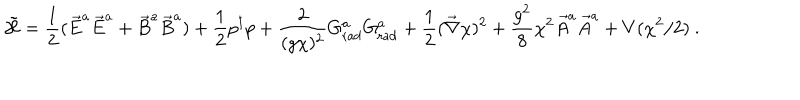
\tilde { \cal H } = \frac { 1 } { 2 } ( \vec { E } ^ { a } \vec { E } ^ { a } + \vec { B } ^ { a } \vec { B } ^ { a } ) + \frac { 1 } { 2 } p ^ { \dagger } p + \frac { 2 } { ( g \chi ) ^ { 2 } } G _ { \mathrm { r a d } } ^ { a } G _ { \mathrm { r a d } } ^ { a } + \frac { 1 } { 2 } ( \vec { \nabla } \chi ) ^ { 2 } + \frac { g ^ { 2 } } { 8 } \chi ^ { 2 } \vec { A } ^ { a } \vec { A } ^ { a } + V ( \chi ^ { 2 } / 2 ) \ .